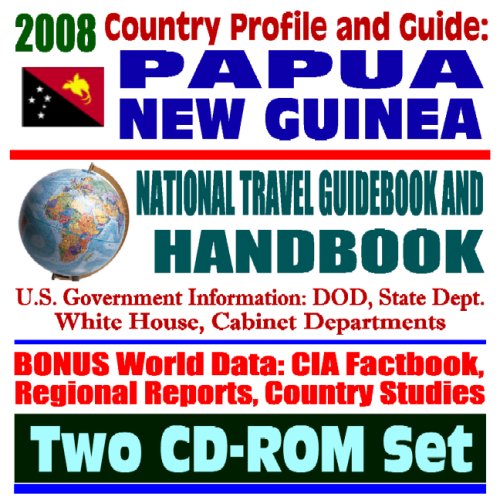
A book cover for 2008 Country Profile and Guide to Papua New Guinea - National Travel Guidebook and Handbook - Volcanoes, Earthquakes, APEC, World War II (Two CD-ROM Set); U.S. Government; Travel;